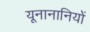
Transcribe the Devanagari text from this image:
यूनानानियों